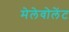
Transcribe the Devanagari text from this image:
मेलेवोलेंट